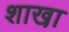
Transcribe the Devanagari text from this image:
शाखा़